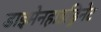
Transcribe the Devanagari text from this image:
डाइमेनहाइड्रिनेट